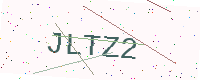
Text: JLTZ2